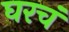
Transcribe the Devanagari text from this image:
घरचं